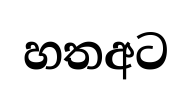
හතඅට